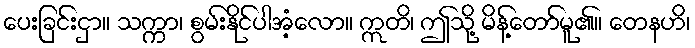
ပေးခြင်းငှာ။ သက္ကာ၊ စွမ်းနိုင်ပါအံ့လော။ ဣတိ၊ ဤသို့ မိန့်တော်မူ၏။ တေနဟိ၊